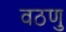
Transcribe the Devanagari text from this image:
वठणु